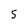
Character: 5